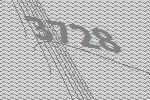
3728